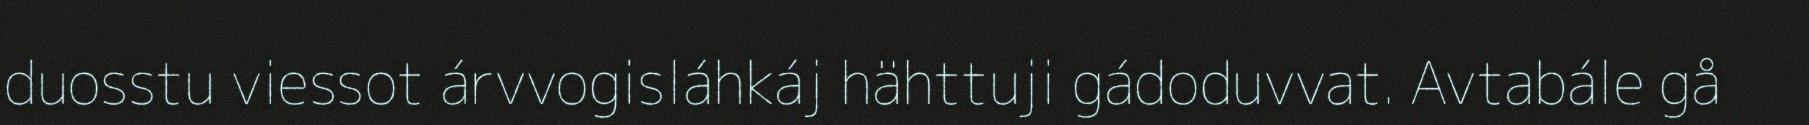
duosstu viessot árvvogisláhkáj hähttuji gádoduvvat. Avtabále gå